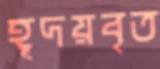
হূদয়বৃত